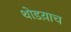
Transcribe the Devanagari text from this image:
थोडय़ाच